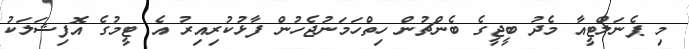
މި ޕެނަލްޓީއާ މެދު ބީޖީގެ ބެންޗުން ހިތްހަމަނުޖެހުން ފާޅުކުރިއިރު އެ ޓީމުގެ އޮފިޝަލަކު